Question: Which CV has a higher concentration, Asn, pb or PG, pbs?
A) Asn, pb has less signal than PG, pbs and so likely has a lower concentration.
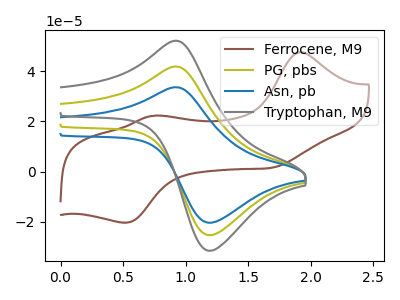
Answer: <think>The brown curve "Ferrocene, M9" has anodic peaks at (1.90V, 47.60uA) (0.75V, 22.30uA) and cathodic peaks at (1.70V, 1.70uA) (0.50V, -20.30uA). The olive curve "PG, pbs" has an anodic peak at (0.90V, 41.90uA) and a cathodic peak at (1.20V, -25.25uA). The blue curve "Asn, pb" has an anodic peak at (0.90V, 33.65uA) and a cathodic peak at (1.20V, -20.30uA). The gray curve "Tryptophan, M9" has an anodic peak at (0.90V, 83.75uA) and a cathodic peak at (1.20V, -50.50uA).
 All the peaks in "Asn, pb" have a peak in "PG, pbs" at the same potential. Every peak in "Asn, pb" is lower than every peak in "PG, pbs".</think>
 <answer>A) "Asn, pb" has less signal than "PG, pbs" and so likely has a lower concentration.</answer>
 <eval>A</eval>